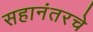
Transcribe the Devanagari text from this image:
सहानंतरचे